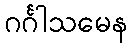
ဂင်္ဂါသမေန